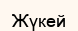
Жүкей